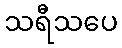
သရီသပေ